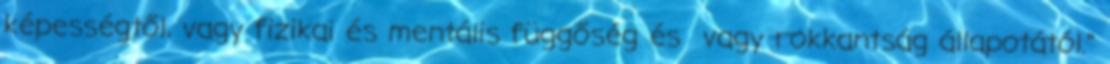
képességtől, vagy fizikai és mentális függőség és vagy rokkantság állapotától.”